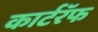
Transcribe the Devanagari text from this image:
कार्टरॅफ